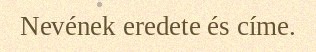
Nevének eredete és címe.